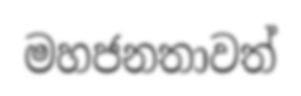
මහජනතාවත්